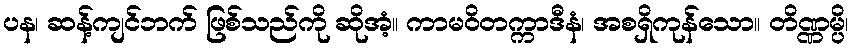
ပန၊ ဆန့်ကျင်ဘက် ဖြစ်သည်ကို ဆိုအံ့။ ကာမဝိတက္ကာဒီနံ၊ အစရှိကုန်သော။ တိဏ္ဏမ္ပိ၊